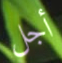
أجل